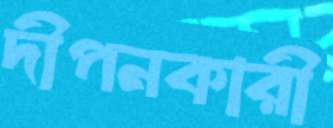
দীপনকারী